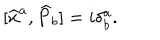
\lbrack \widehat { x } ^ { a } , \widehat { P } _ { b } ] = i \delta _ { b } ^ { a } .